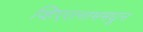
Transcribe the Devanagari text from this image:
व्हिएतनाममधून